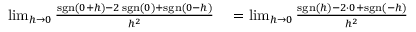
\begin{array} { r l } { \operatorname* { l i m } _ { h \to 0 } { \frac { \operatorname { s g n } ( 0 + h ) - 2 \operatorname { s g n } ( 0 ) + \operatorname { s g n } ( 0 - h ) } { h ^ { 2 } } } } & { { } = \operatorname* { l i m } _ { h \to 0 } { \frac { \operatorname { s g n } ( h ) - 2 \cdot 0 + \operatorname { s g n } ( - h ) } { h ^ { 2 } } } } \end{array}